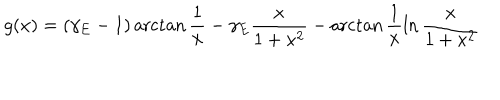
g ( x ) = ( \gamma _ { E } - 1 ) \operatorname { a r c t a n } \frac { 1 } { x } - \gamma _ { E } \frac { x } { 1 + x ^ { 2 } } - \operatorname { a r c t a n } \frac { 1 } { x } \ln \frac { x } { 1 + x ^ { 2 } }